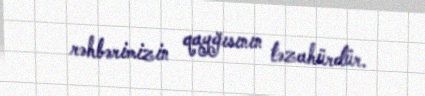
rəhbərimizin qayğısının təzahürdür.